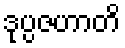
ဒုပ္ပဇဟာတိ